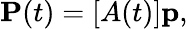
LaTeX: \mathbf{P}(t)=[A(t)]\mathbf{p},